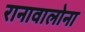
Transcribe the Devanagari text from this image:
रानावालोना